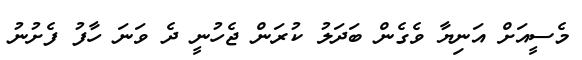
މެސީއަށް އަނިޔާ ވެގެން ބަދަލު ކުރަން ޖެހުނީ ދެ ވަނަ ހާފު ފެށުނު